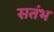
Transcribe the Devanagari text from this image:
सतंभ